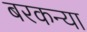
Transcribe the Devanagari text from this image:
बरकन्या